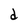
Character: d